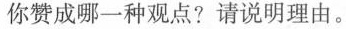
你赞成哪一种观点?请说明理由。